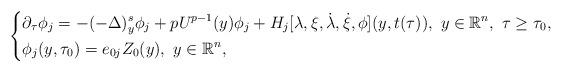
LaTeX: \begin{align*}\left\{\begin{aligned}&\partial_\tau\phi_j = -(-\Delta)^s_y\phi_j + pU^{p-1}(y)\phi_j + H_j[\lambda,\xi,\dot{\lambda},\dot{\xi},\phi](y,t(\tau)),~ y\in \mathbb{R}^n,~ \tau\geq \tau_0,\\&\phi_j(y,\tau_0) = e_{0j}Z_0(y),~ y\in \mathbb{R}^n,\end{aligned}\right.\end{align*}